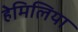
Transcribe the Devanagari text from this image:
हेमिलिया